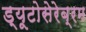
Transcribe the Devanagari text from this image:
ड्यूटोसेरेब्रम